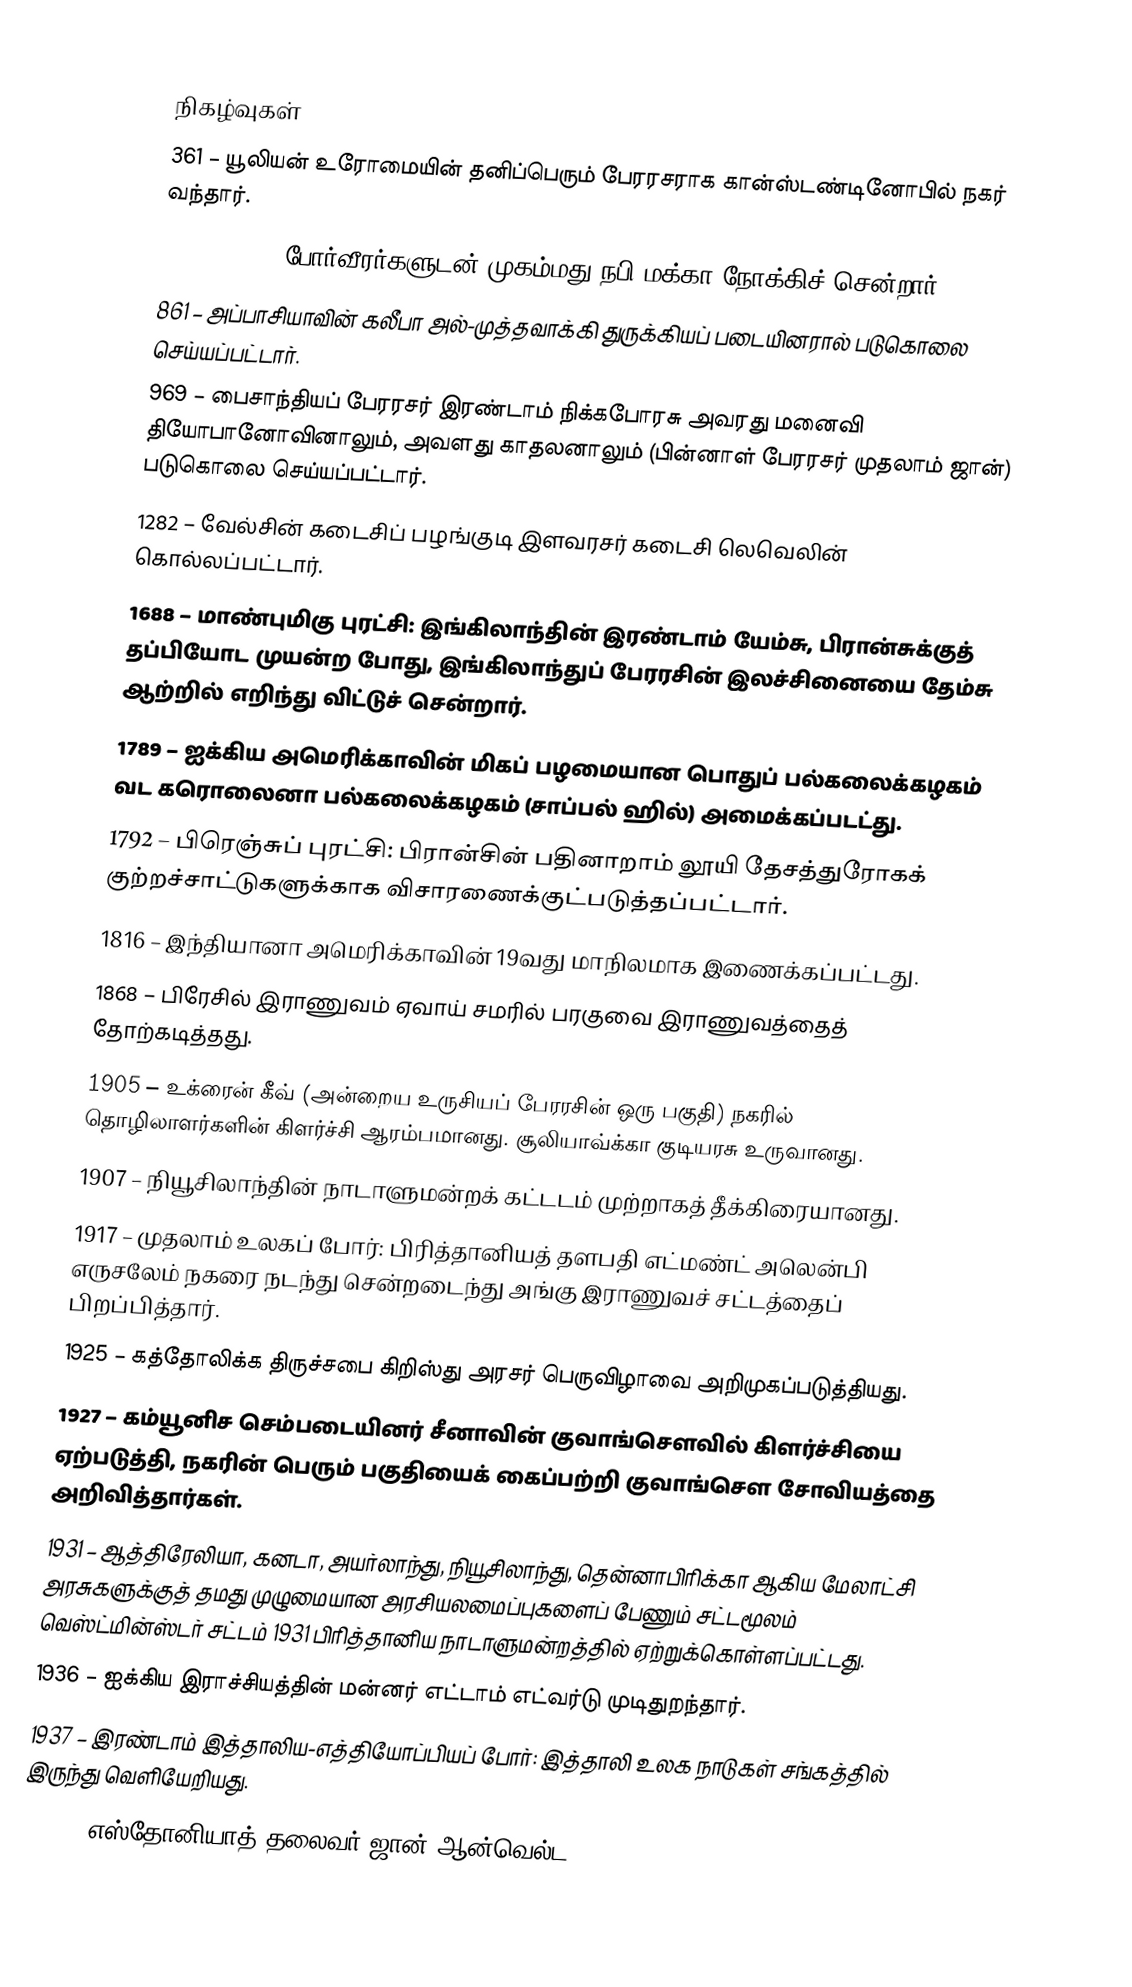

நிகழ்வுகள்
 361 – யூலியன் உரோமையின் தனிப்பெரும் பேரரசராக கான்ஸ்டண்டினோபில் நகர் வந்தார்.
 630 – 10,000 போர்வீரர்களுடன் முகம்மது நபி மக்கா நோக்கிச் சென்றார்.
 861 – அப்பாசியாவின் கலீபா அல்-முத்தவாக்கி துருக்கியப் படையினரால் படுகொலை செய்யப்பட்டார்.
 969 – பைசாந்தியப் பேரரசர் இரண்டாம் நிக்கபோரசு அவரது மனைவி தியோபானோவினாலும், அவளது காதலனாலும் (பின்னாள் பேரரசர் முதலாம் ஜான்) படுகொலை செய்யப்பட்டார்.
1282 – வேல்சின் கடைசிப் பழங்குடி இளவரசர் கடைசி லெவெலின் கொல்லப்பட்டார்.
1688 – மாண்புமிகு புரட்சி: இங்கிலாந்தின் இரண்டாம் யேம்சு, பிரான்சுக்குத் தப்பியோட முயன்ற போது, இங்கிலாந்துப் பேரரசின் இலச்சினையை தேம்சு ஆற்றில் எறிந்து விட்டுச் சென்றார்.
1789 – ஐக்கிய அமெரிக்காவின் மிகப் பழமையான பொதுப் பல்கலைக்கழகம் வட கரொலைனா பல்கலைக்கழகம் (சாப்பல் ஹில்) அமைக்கப்படட்து.
1792 – பிரெஞ்சுப் புரட்சி: பிரான்சின் பதினாறாம் லூயி தேசத்துரோகக் குற்றச்சாட்டுகளுக்காக விசாரணைக்குட்படுத்தப்பட்டார்.
1816 – இந்தியானா அமெரிக்காவின் 19வது மாநிலமாக இணைக்கப்பட்டது.
1868 – பிரேசில் இராணுவம் ஏவாய் சமரில் பரகுவை இராணுவத்தைத் தோற்கடித்தது.
1905 – உக்ரைன் கீவ் (அன்றைய உருசியப் பேரரசின் ஒரு பகுதி) நகரில் தொழிலாளர்களின் கிளர்ச்சி ஆரம்பமானது. சூலியாவ்க்கா குடியரசு உருவானது.
1907 – நியூசிலாந்தின் நாடாளுமன்றக் கட்டடம் முற்றாகத் தீக்கிரையானது.
1917 – முதலாம் உலகப் போர்: பிரித்தானியத் தளபதி எட்மண்ட் அலென்பி எருசலேம் நகரை நடந்து சென்றடைந்து அங்கு இராணுவச் சட்டத்தைப் பிறப்பித்தார்.
1925 – கத்தோலிக்க திருச்சபை கிறிஸ்து அரசர் பெருவிழாவை அறிமுகப்படுத்தியது.
1927 – கம்யூனிச செம்படையினர் சீனாவின் குவாங்சௌவில் கிளர்ச்சியை ஏற்படுத்தி, நகரின் பெரும் பகுதியைக் கைப்பற்றி குவாங்சௌ சோவியத்தை அறிவித்தார்கள்.
1931 – ஆத்திரேலியா, கனடா, அயர்லாந்து, நியூசிலாந்து, தென்னாபிரிக்கா ஆகிய மேலாட்சி அரசுகளுக்குத் தமது முழுமையான அரசியலமைப்புகளைப் பேணும் சட்டமூலம் வெஸ்ட்மின்ஸ்டர் சட்டம் 1931 பிரித்தானிய நாடாளுமன்றத்தில் ஏற்றுக்கொள்ளப்பட்டது.
1936 – ஐக்கிய இராச்சியத்தின் மன்னர் எட்டாம் எட்வர்டு முடிதுறந்தார்.
1937 – இரண்டாம் இத்தாலிய-எத்தியோப்பியப் போர்: இத்தாலி உலக நாடுகள் சங்கத்தில் இருந்து வெளியேறியது.
1937 – எஸ்தோனியாத் தலைவர் ஜான் ஆன்வெல்ட